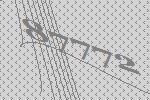
87772